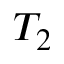
T _ { 2 }